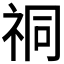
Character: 𫀈